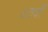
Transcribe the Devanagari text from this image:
६ठवीँ